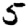
Digit: 5